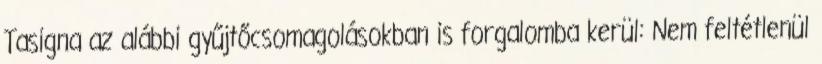
Tasigna az alábbi gyűjtőcsomagolásokban is forgalomba kerül: Nem feltétlenül